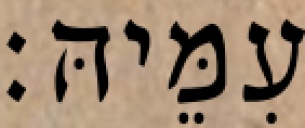
עִמֵּיהּ׃